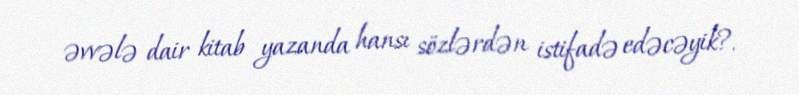
əvvələ dair kitab yazanda hansı sözlərdən istifadə edəcəyik?.